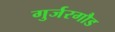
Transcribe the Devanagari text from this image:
गुर्जरगौड